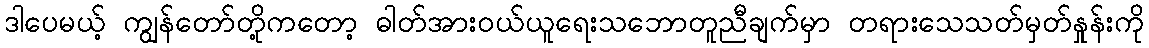
ဒါပေမယ့် ကျွန်တော်တို့ကတော့ ဓါတ်အားဝယ်ယူရေးသဘောတူညီချက်မှာ တရားသေသတ်မှတ်နှုန်းကို